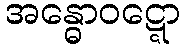
အန္ဓောဝဋ္ဋော